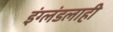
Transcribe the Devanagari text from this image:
इंग्लंडलाही